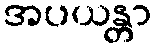
အပယန္တာ